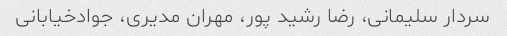
سردار سلیمانی، رضا رشید پور، مهران مدیری، جوادخیابانی